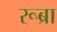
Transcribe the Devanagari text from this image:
रूब्रा